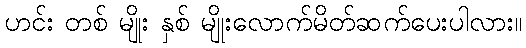
ဟင်း တစ် မျိုး နှစ် မျိုးလောက်မိတ်ဆက်ပေးပါလား။